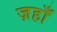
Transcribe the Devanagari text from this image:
ज़हाँ